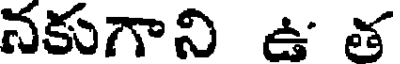
నకుగాని ఉ త